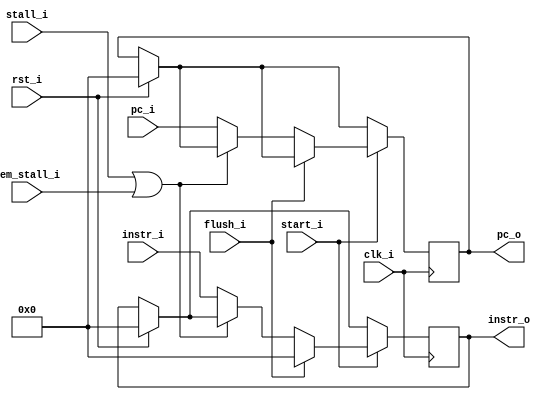
module IF_ID(
    clk_i,
    start_i,
    rst_i,
    pc_i,
    instr_i,
    stall_i,
    mem_stall_i,
    flush_i,
    pc_o,
    instr_o

);


// Ports
input                   mem_stall_i;
input 		          		clk_i, start_i, stall_i, flush_i, rst_i;
input       [31:0]      pc_i;
input	      [31:0] 	  	instr_i;

output reg  [31:0]      pc_o;
output reg	[31:0] 	  	instr_o;
reg         [31:0]      inst;


always @(posedge clk_i) begin
  if (rst_i) begin
    instr_o <= 32'b0;
    pc_o <= 32'b0;
  end
  if (start_i) begin
      if (flush_i == 1'b1) begin
          instr_o <= 32'b0;
      end
      else if ( ~(stall_i | mem_stall_i) ) begin
      	  pc_o <= pc_i;
          instr_o <= instr_i;
      end
  end
end

endmodule